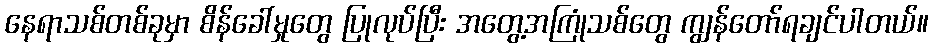
နေရာသစ်တစ်ခုမှာ စိန်ခေါ်မှုတွေ ပြုလုပ်ပြီး အတွေ့အကြုံသစ်တွေ ကျွန်တော်ရချင်ပါတယ်။